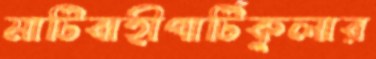
মাটিবাহীপার্টিকুলার